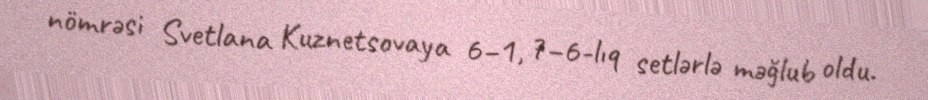
nömrəsi Svetlana Kuznetsovaya 6–1, 7–6-lıq setlərlə məğlub oldu.